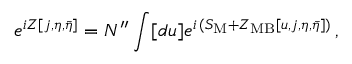
e ^ { i Z [ j , \eta , \bar { \eta } ] } = { \cal N } ^ { \prime \prime } \int [ d u ] e ^ { i \, ( S _ { \mathrm { M } } + Z _ { \mathrm { M B } } [ u , j , \eta , \bar { \eta } ] ) } \, ,